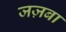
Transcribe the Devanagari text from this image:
जज़बा